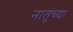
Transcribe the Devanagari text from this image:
नातूंच्या